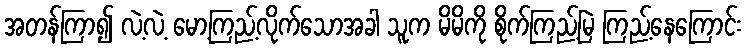
အတန်ကြာ၍ လဲ့လဲ့ မော့ကြည့်လိုက်သောအခါ သူက မိမိကို စိုက်ကြည့်မြဲ ကြည့်နေကြောင်း